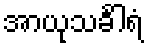
အာယုသင်္ခါရံ